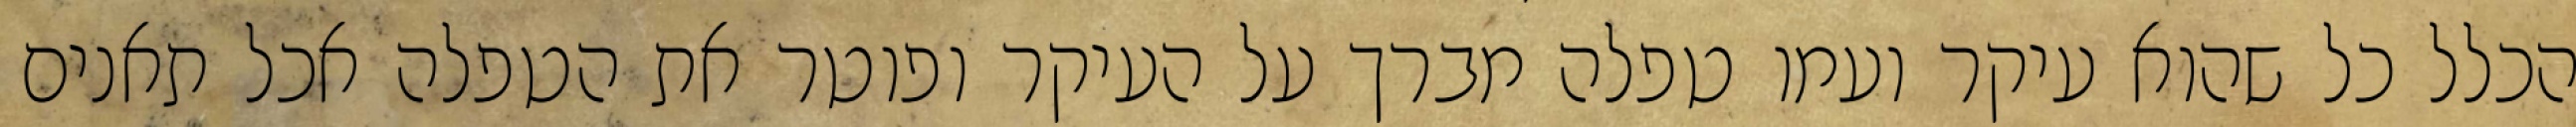
הכלל כל שהוא עיקר ועמו טפלה מברך על העיקר ופוטר את הטפלה אכל תאנים